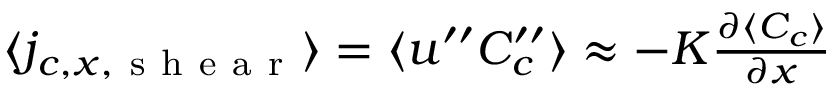
\begin{array} { r } { \langle j _ { c , x , \mathrm { ~ s ~ h ~ e ~ a ~ r ~ } } \rangle = \langle u ^ { \prime \prime } C _ { c } ^ { \prime \prime } \rangle \approx - K \frac { \partial \langle { C _ { c } } \rangle } { \partial x } } \end{array}